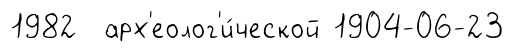
1982 арх'еолог'и́ческой 1904-06-23